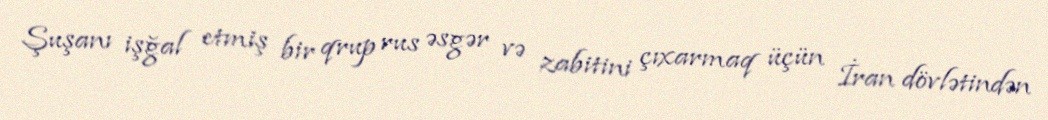
Şuşanı işğal etmiş bir qrup rus əsgər və zabitini çıxarmaq üçün İran dövlətindən